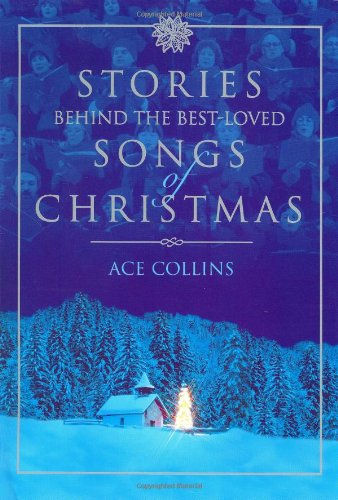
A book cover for Stories Behind the Best-Loved Songs of Christmas (Stories Behind Books); Ace Collins; Christian Books & Bibles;